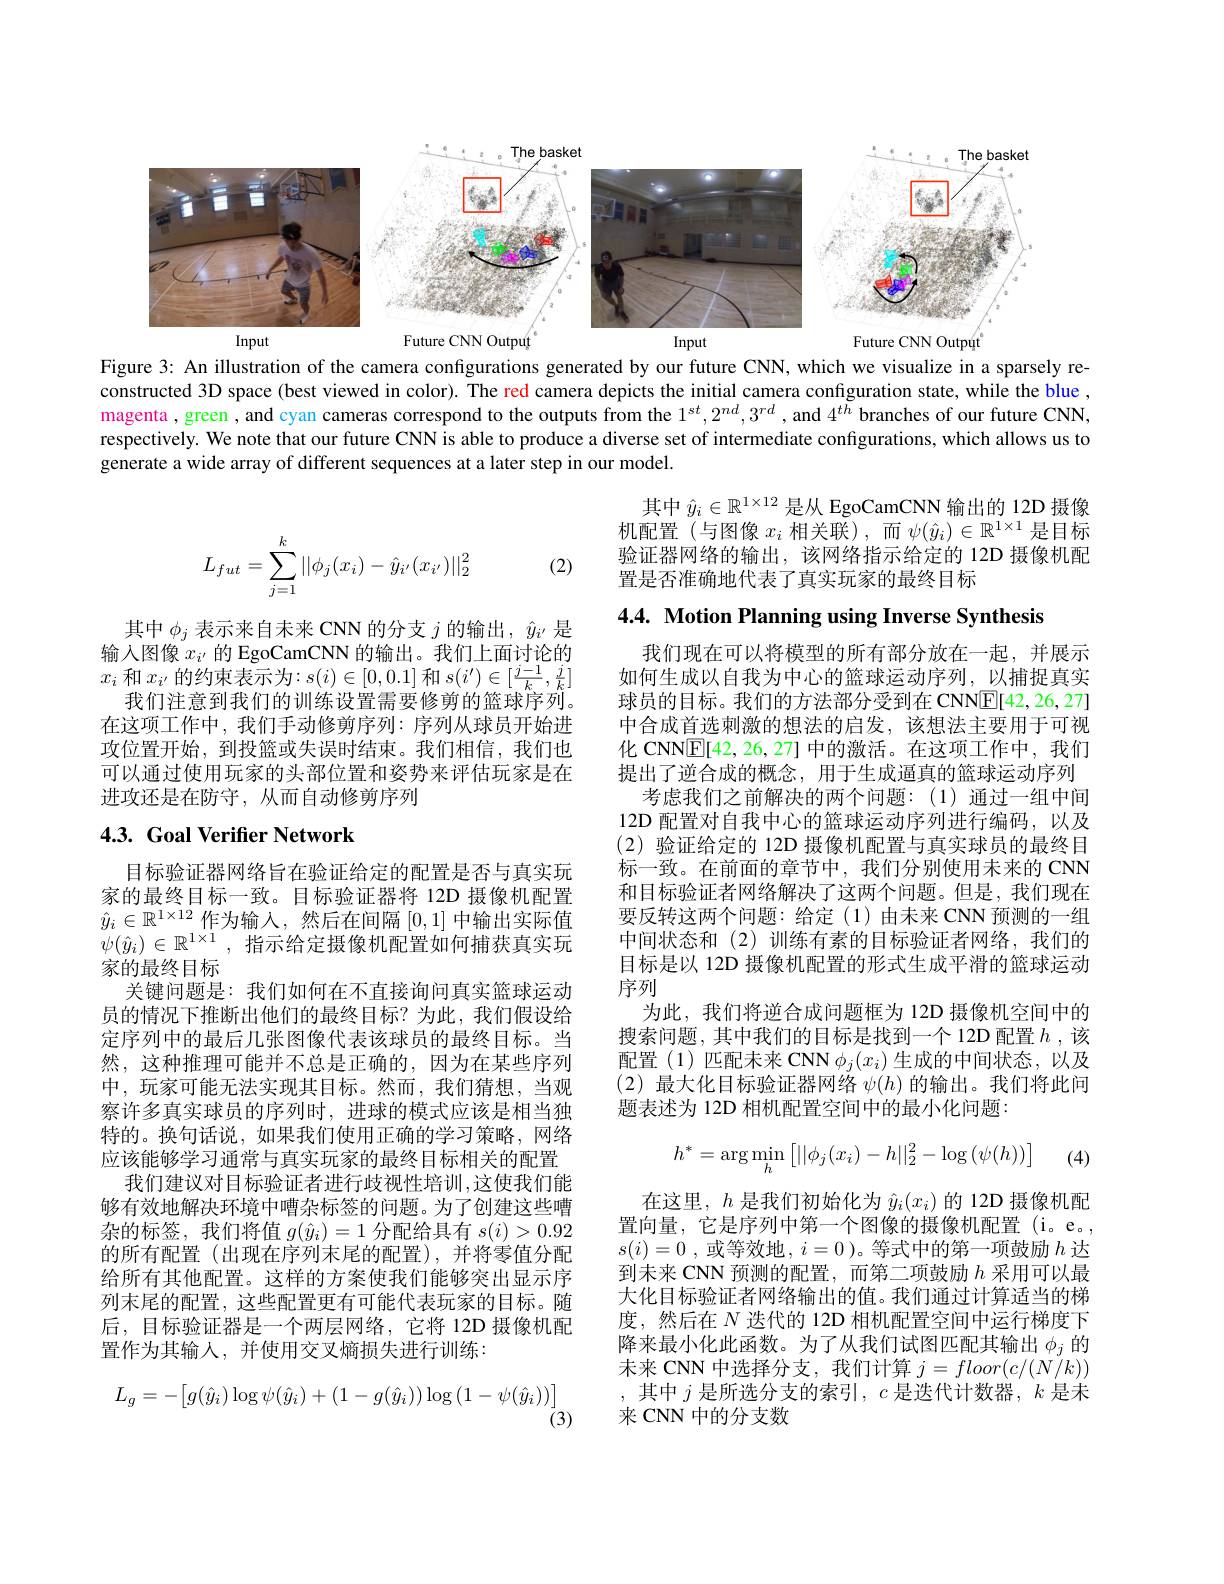
<FigureHere>

Figure 3: An illustration of the camera configurations generated by our future CNN, which we visualize in a sparsely reconstructed 3D space (best viewed in color). The red camera depicts the initial camera configuration state, while the blue , magenta , green , and cyan cameras correspond to the outputs from the $1^{st},2^{nd},3^{rd}$ , and $4^{t\tilde{h}}$ branches of our future CNN, respectively. We note that our future CNN is able to produce a diverse set of intermediate configurations, which allows us to generate a wide array of different sequences at a later step in our model.

其中$\hat{y}_i\in\mathbb{R}^{1\times12}$是从 EgoCamCNN 输出的 12D 摄像机配置(与图像$x_i$相关联),而$\psi(\hat{y}_i)\in\mathbb{R}^1\times1$是目标验证器网络的输出，该网络指示给定的 12D 摄像机配置是否准确地代表了真实玩家的最终目标
$$L_{fut}=\sum_{j=1}^k||\phi_j(x_i)-\hat{y}_{i'}(x_{i'})||_2^2$$
(2)

$4. 4. \textbf{ Motion Planning using Inverse Synthesis}$

其中$\phi_j$表示来自未来 CNN 的分支$j$的输出，$\hat{y}_i^{\prime}$是输入图像$x_{i^{\prime}}$的 EgoCamCNN 的输出。我们上面讨论的$x_i$和$x_i^\prime$的约束表示为$:s(i)\in[0,0.1]$和$s(i^\prime)\in[\frac{j-1}k,\frac jk]$
我们注意到我们的训练设置需要修剪的篮球序列。在这项工作中，我们手动修剪序列：序列从球员开始进攻位置开始，到投篮或失误时结束。我们相信，我们也可以通过使用玩家的头部位置和姿势来评估玩家是在进攻还是在防守，从而自动修剪序列

## $4. 3. \textbf{Goal Verifier Network}$

我们现在可以将模型的所有部分放在一起，并展示如何生成以自我为中心的篮球运动序列，以捕捉真实球员的目标。我们的方法部分受到在 CNN$\mathbb{E}[42,26,27]$ 中合成首选刺激的想法的启发，该想法主要用于可视化 CNN$\boxed{\mathbb{E}}[42,26,27]$中的激活。在这项工作中，我们提出了逆合成的概念，用于生成逼真的篮球运动序列
考虑我们之前解决的两个问题：(1)通过一组中间12D 配置对自我中心的篮球运动序列进行编码，以及(2)验证给定的 12D 摄像机配置与真实球员的最终目标一致。在前面的章节中，我们分别使用未来的 CNN 和目标验证者网络解决了这两个问题。但是，我们现在要反转这两个问题：给定(1)由未来 CNN 预测的一组中间状态和(2)训练有素的目标验证者网络，我们的目标是以 12D 摄像机配置的形式生成平滑的篮球运动序列
为此，我们将逆合成问题框为 12D 摄像机空间中的搜索问题，其中我们的目标是找到一个 12D 配置$h$ ,该配置(1)匹配未来 CNN $\phi_j(x_i)$生成的中间状态，以及(2)最大化目标验证器网络$\psi(h)$的输出。我们将此问题表述为 12D 相机配置空间中的最小化问题：

目标验证器网络旨在验证给定的配置是否与真实玩家的最终目标一致。目标验证器将 12D 摄像机配置$\hat{y} _i\in \mathbb{R} ^{1\times 12}$ 作 为 输 入 , 然 后 在 间 隔 [0,1] 中 输 出 实 际 值 $\psi ( \hat{y} _i) \in \mathbb{R} ^{1\times 1}$, 指 示 给 定 摄 像 机 配 置 如 何 捕 获 真 实 玩家的最终目标
关键问题是：我们如何在不直接询问真实篮球运动员的情况下推断出他们的最终目标？为此，我们假设给定序列中的最后几张图像代表该球员的最终目标。当然，这种推理可能并不总是正确的，因为在某些序列中，玩家可能无法实现其目标。然而，我们猜想，当观察许多真实球员的序列时，进球的模式应该是相当独特的。换句话说，如果我们使用正确的学习策略，网络应该能够学习通常与真实玩家的最终目标相关的配置
我们建议对目标验证者进行歧视性培训，这使我们能够有效地解决环境中嘈杂标签的问题。为了创建这些嘈杂的标签，我们将值$g(\hat{y}_i)=1$分配给具有$s(i)>0.92$ 的所有配置(出现在序列末尾的配置),并将零值分配给所有其他配置。这样的方案使我们能够突出显示序列末尾的配置，这些配置更有可能代表玩家的目标。随后，目标验证器是一个两层网络，它将 12D 摄像机配置作为其输入，并使用交叉熵损失进行训练：
$$L_g=-\begin{bmatrix}g(\hat{y}_i)\log\psi(\hat{y}_i)+(1-g(\hat{y}_i))\log\left(1-\psi(\hat{y}_i)\right)\end{bmatrix}$$
$$h^*=\arg\min_h\left[||\phi_j(x_i)-h||_2^2-\log\left(\psi(h)\right)\right]$$
(4)

在这里，$h$是我们初始化为$\hat{y}_i(x_i)$的 12D 摄像机配置向量，它是序列中第一个图像的摄像机配置(i。e。, $s( i) = 0$ ,或等效地，$i= 0$ )。等式中的第一项鼓励$h$达到未来 CNN 预测的配置，而第二项鼓励$h$采用可以最大化目标验证者网络输出的值。我们通过计算适当的梯度，然后在$N$迭代的 12D 相机配置空间中运行梯度下降来最小化此函数。为了从我们试图匹配其输出$\phi_j$的未来 CNN 中选择分支，我们计算$j=floor(c/(N/k))$ ,其中$j$是所选分支的索引$,c$是迭代计数器$,k$是未来 CNN 中的分支数

(3)